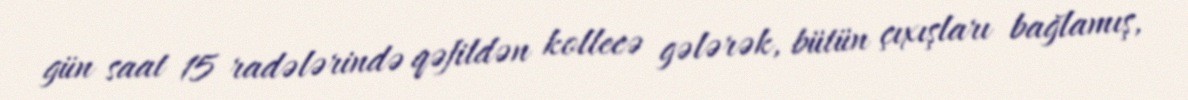
gün saat 15 radələrində qəfildən kollecə gələrək, bütün çıxışları bağlamış,